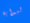
لبداية